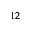
^ { 1 2 }